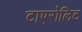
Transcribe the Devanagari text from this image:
टाएरोलिट